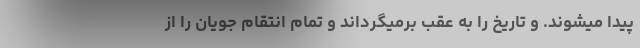
پیدا میشوند. و تاریخ را به عقب برمیگرداند و تمام انتقام جویان را از